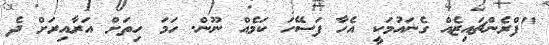
"ފްރެންޗައިޒެއް ގެނައުމަކީ އެހާ ފަސޭހަ ކަމެއް ނޫން. ހަމަ ހިތަށް އަރާއިރަށް ދެ